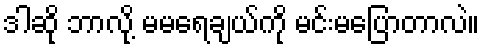
ဒါဆို ဘာလို့ မမရေချယ်ကို မင်းမပြောတာလဲ။